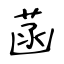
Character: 菡